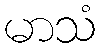
မာသံ